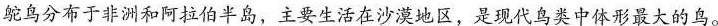
鸵鸟分布于非洲和阿拉伯半岛，主要生活在沙漠地区，是现代鸟类中体形最大的鸟。